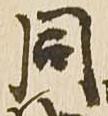
同